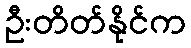
ဦးတိတ်နိုင်က